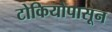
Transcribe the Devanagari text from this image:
टोकियोपासून